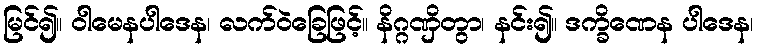
မြင်၍။ ဝါမေနပါဒေန၊ လက်ဝဲခြေဖြင့်။ နိဂ္ဂဏှိတွာ၊ နင်း၍။ ဒက္ခိဏေန ပါဒေန၊